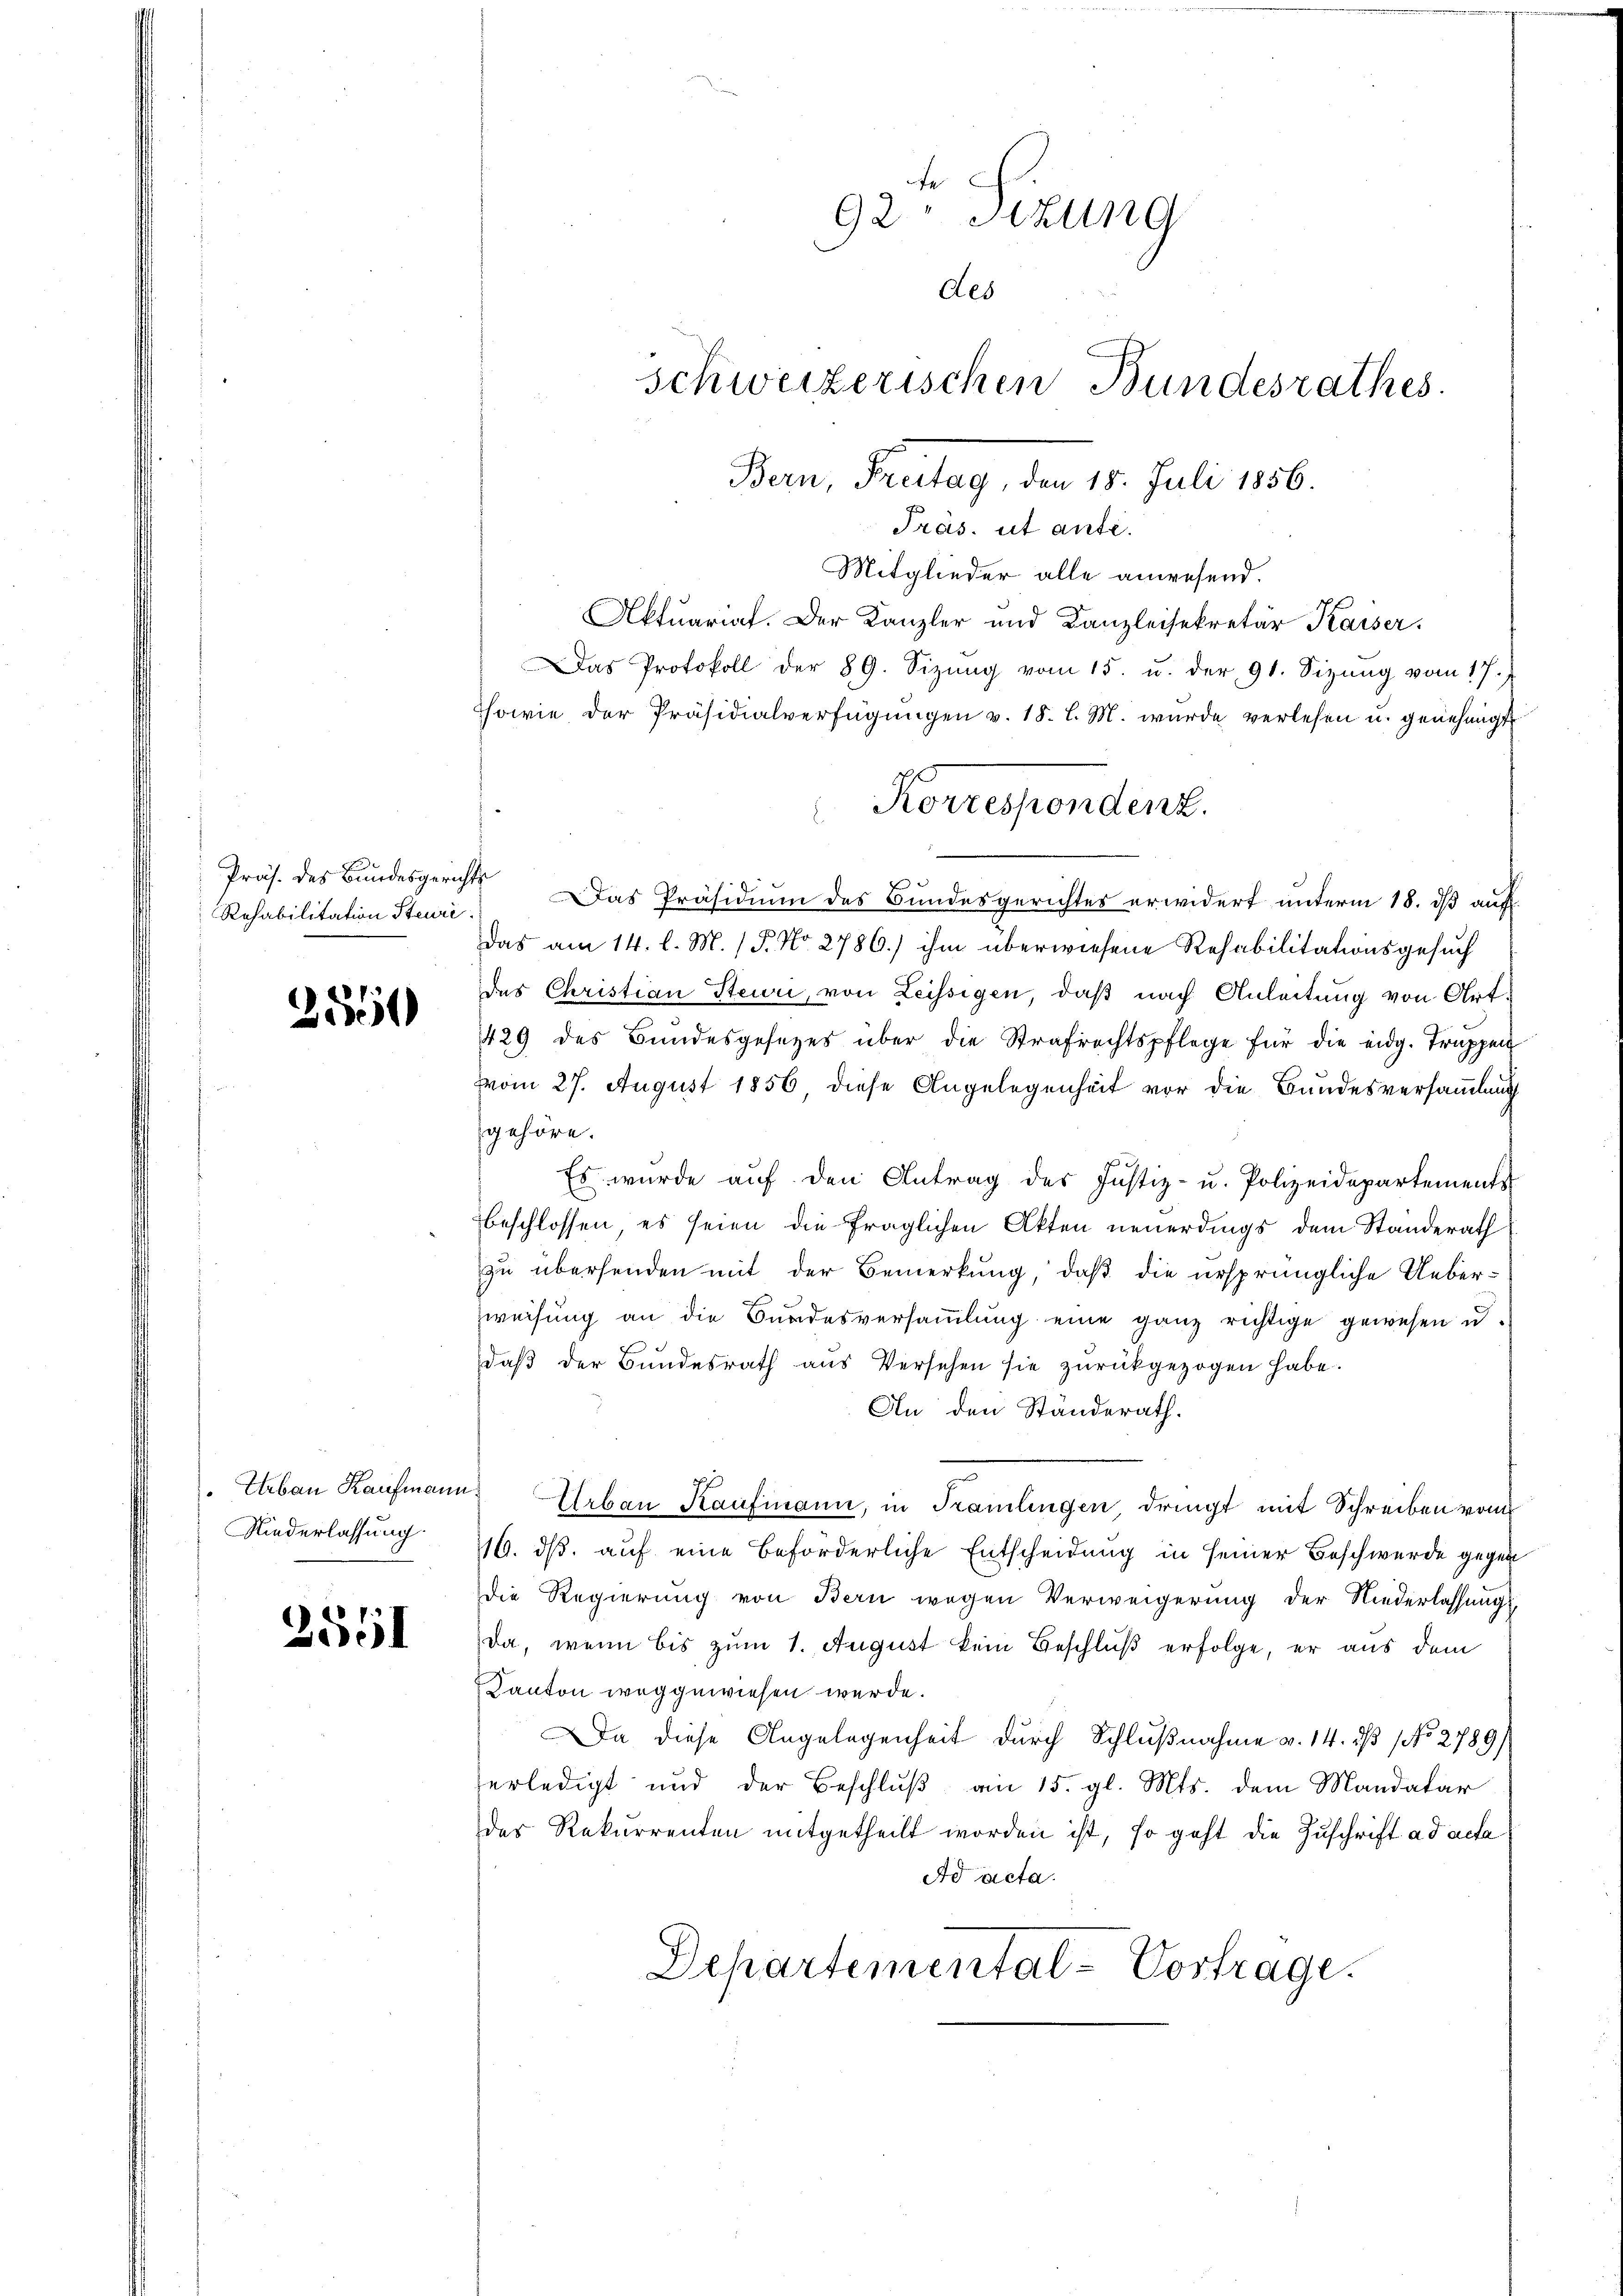
Präs. des Bundesgerichts
Rehabilitation Steuri

2550

. Erbau Kaufmann
Niederlassung.

2551

92 Sizung
des
schweizerischen Bundesrathes.
Bern, Freitag, den 15. Juli 1856.

Präs. ut anti.
Mitglieder alle anwesend.
Aktuariat. Der Kanzler und Kanzleisekretär Kaiser.
Das Protokoll der 89. Sizŭng vom 15. u. der 91. Sizŭng vom 17.
sowie der Präsidialverfügungen v. 18. l. M. wurde verlesen u. genehmigt
Das Präsidium des Bundesgerichtes erwidert unterm 18. ds auf
Das am 14. l. M. (P. Nr. 2786.) ihm überwiesene Rehabilitationsgesuch
das Christian Steuri, von Leissigen, daß nach Anleitung von Art.
429 des Bundesgesetzes über die Strafrechtspflege für die eidg. Truppen
vom 27. August 1856 diese Angelegenheit vor die Bundesversammlung
gehöre.
Es wurde aŭf den Antrag des Justiz- u. Polizeidepartements
beschlossen, es seien die fraglichen Akten neuerdings dem Standerath
zu übersenden mit der Bemerkung, daß die ursprüngliche Ueberweisung an die Bundesversammlung eine ganz richtige gewesen u.
daβ der Bundesrath aus Versehen sie zŭrückgezogen habe.
An den Ständerath.
 Urbau Kaufmann, in Kamlingen dringt mit Schreiben vom
16. dβ. auf eine beförderliche Entscheidung in seiner Beschwerde gegen
Die Regierung von Bern wegen Verweigerung der Niederlassungs
Da, wenn bis zum 1. August kein Beschluß erfolge, er aus dem
Kanton weggewiesen wurde.
Da diese Angelegenheit durch Schlußnahme v. 14. dß No. 2789/
erledigt und der Beschluß am 15. gl. Mts. dem Mandatar
der Rekurrenten mitgetheilt worden ist, so geht die Zuschrift ad acta
Ad acta.
Departemental-Vortrage.

Korrespendenz.